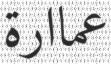
عماارة